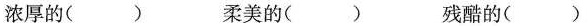
浓厚的( ) 柔美的( ) 残酷的( )